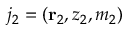
j _ { 2 } = ( { \bf r } _ { 2 } , z _ { 2 } , m _ { 2 } )